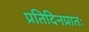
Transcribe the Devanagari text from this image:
प्रतिदिनप्रातः